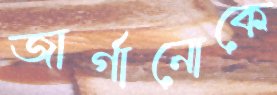
জার্গানোকে